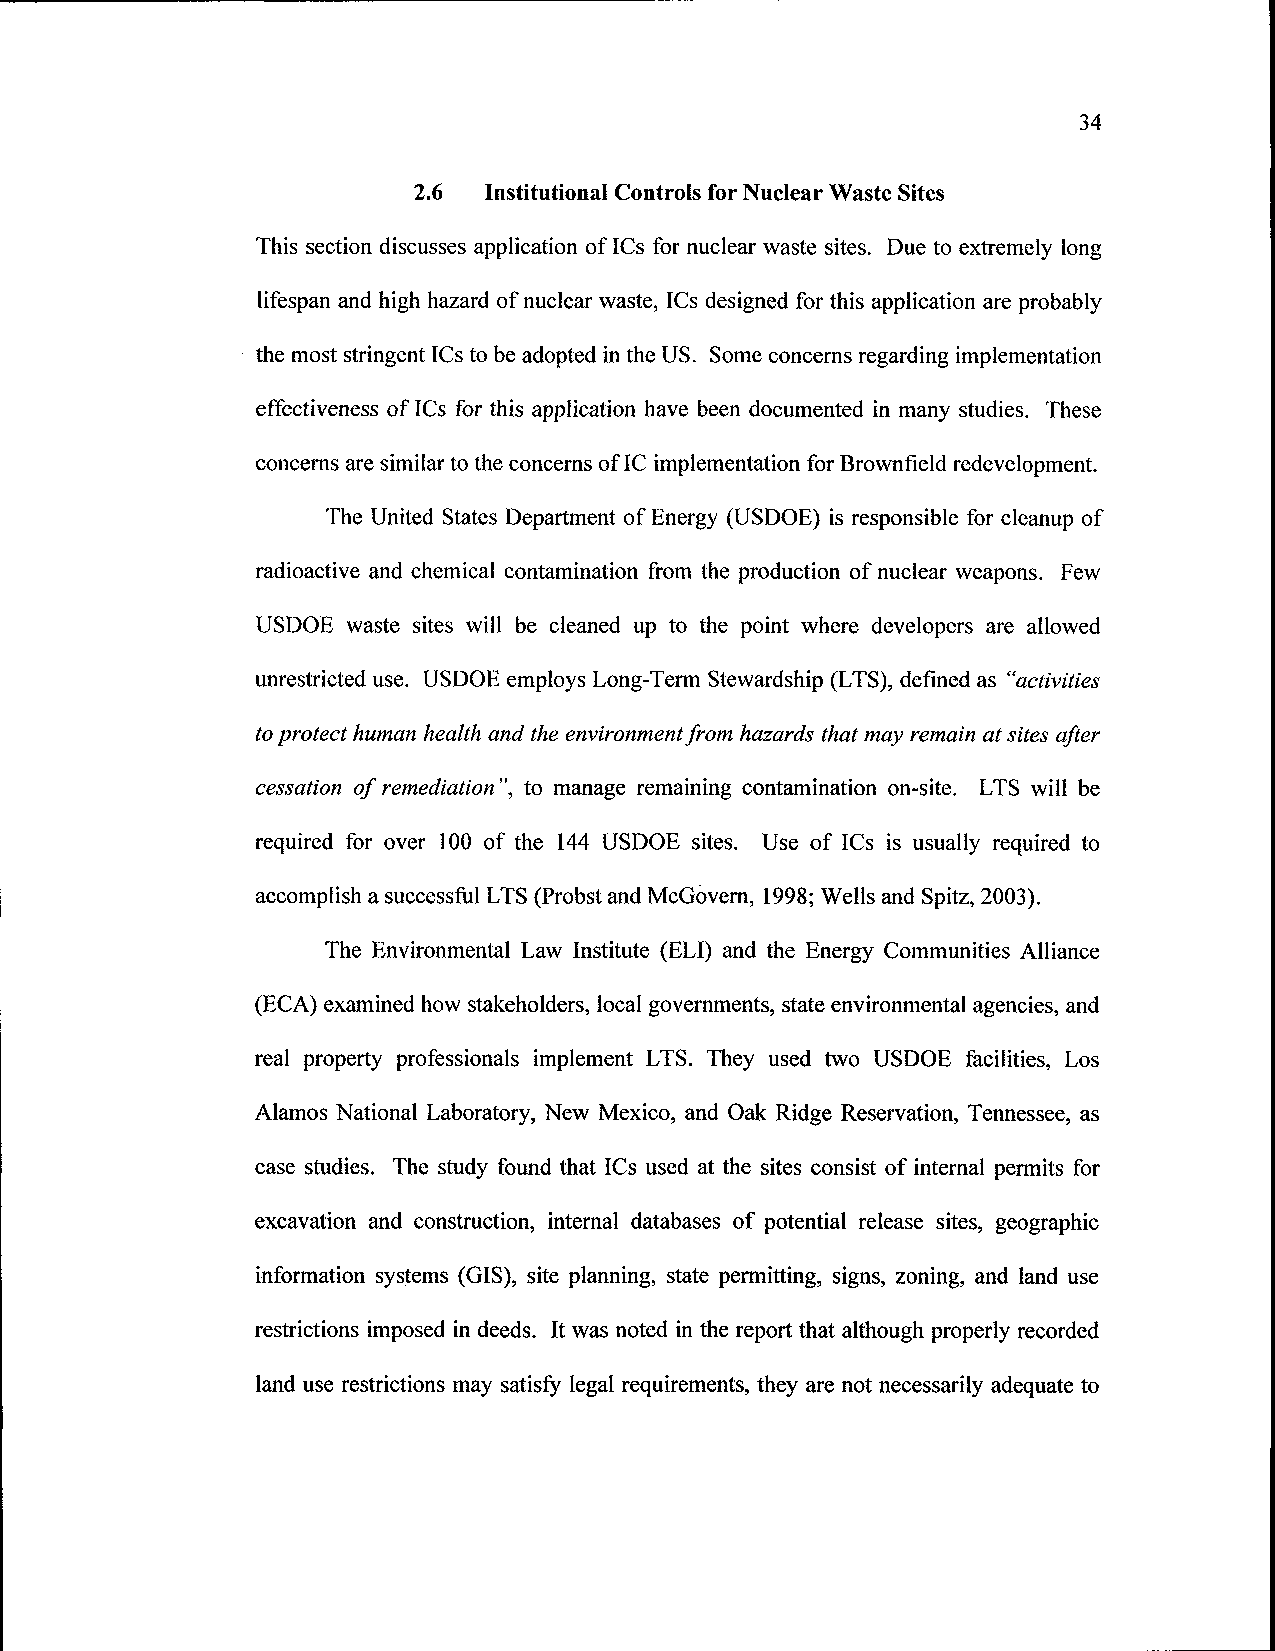
34
 2.6 Institutional Controls for Nuclear Waste Sites
 This section discusses application of ICs for nuclear waste sites. Due to extremely long
 lifespan and high hazard of nuclear waste, ICs designed for this application are probably
 the most stringent ICs to be adopted in the US. Some concerns regarding implementation
 effectiveness of ICs for this application have been documented in many studies. These
 concerns are similar to the concerns of IC implementation for Brownfield redevelopment.
 The United States Department of Energy (USDOE) is responsible for cleanup of
 radioactive and chemical contamination from the production of nuclear weapons. Few
 USDOE waste sites will be cleaned up to the point where developers are allowed
 unrestricted use. USDOE employs Long-Term Stewardship (LTS), defined as "activities
 to protect human health and the environment from hazards that may remain at sites after
 cessation of remediation", to manage remaining contamination on-site. LTS will be
 required for over 100 of the 144 USDOE sites. Use of ICs is usually required to
 accomplish a successful LTS (Probst and McGovern, 1998; Wells and Spitz, 2003).
 The Environmental Law Institute (ELI) and the Energy Communities Alliance
 (ECA) examined how stakeholders, local governments, state environmental agencies, and
 real property professionals implement LTS. They used two USDOE facilities, Los
 Alamos National Laboratory, New Mexico, and Oak Ridge Reservation, Tennessee, as
 case studies. The study found that ICs used at the sites consist of internal permits for
 excavation and construction, internal databases of potential release sites, geographic
 information systems (GIS), site planning, state permitting, signs, zoning, and land use
 restrictions imposed in deeds. It was noted in the report that although properly recorded
 land use restrictions may satisfy legal requirements, they are not necessarily adequate to